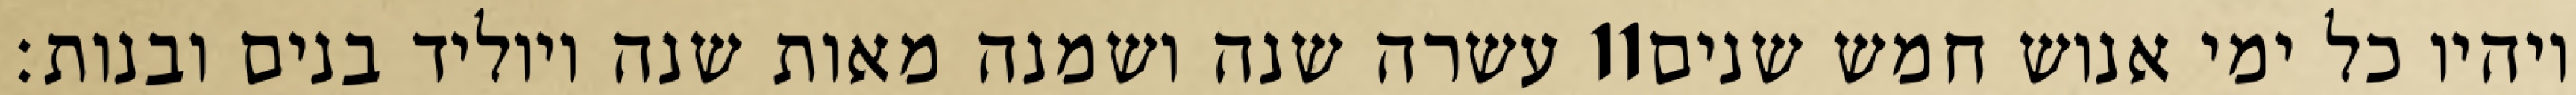
עשרה שנה ושמנה מאות שנה ויוליד בנים ובנות׃ ‎11‏ ויהיו כל ימי אנוש חמש שנים